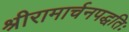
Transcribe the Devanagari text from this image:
श्रीरामार्चनपद्धतिः